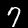
Digit: 7